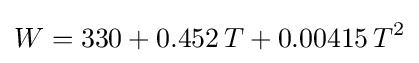
W=330+0.452\,T+0.00415\,T^{2}